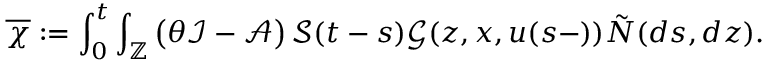
\displaystyle \overline { { \chi } } : = \int _ { 0 } ^ { t } \int _ { \mathbb { Z } } \left( \theta \mathcal { I } - \mathcal { A } \right) \mathcal { S } ( t - s ) \mathcal { G } ( z , x , u ( s - ) ) \tilde { N } ( d s , d z ) .